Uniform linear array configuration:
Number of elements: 4
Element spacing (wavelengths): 0.5
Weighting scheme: uniform
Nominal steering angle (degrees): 45
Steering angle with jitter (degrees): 44.753
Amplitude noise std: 0.05
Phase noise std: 0.05

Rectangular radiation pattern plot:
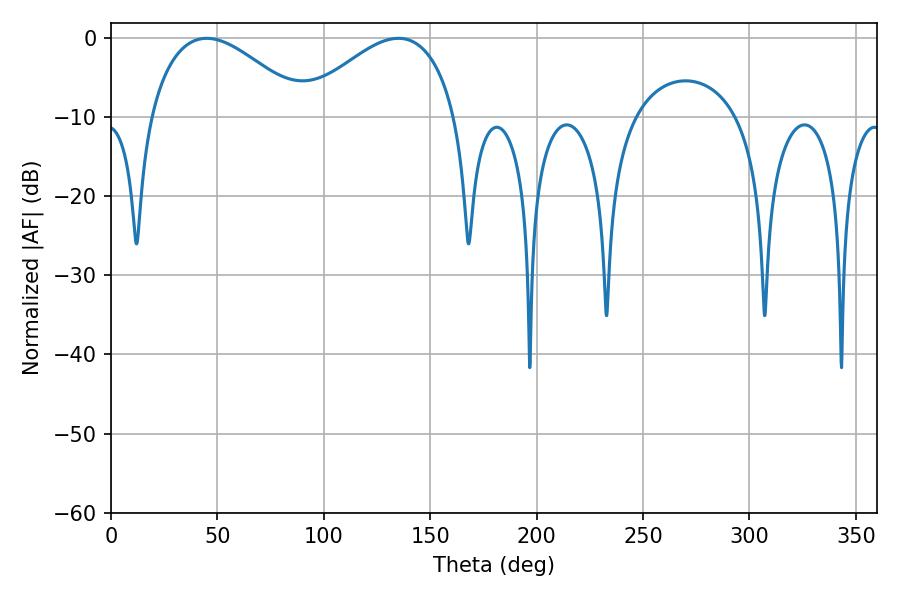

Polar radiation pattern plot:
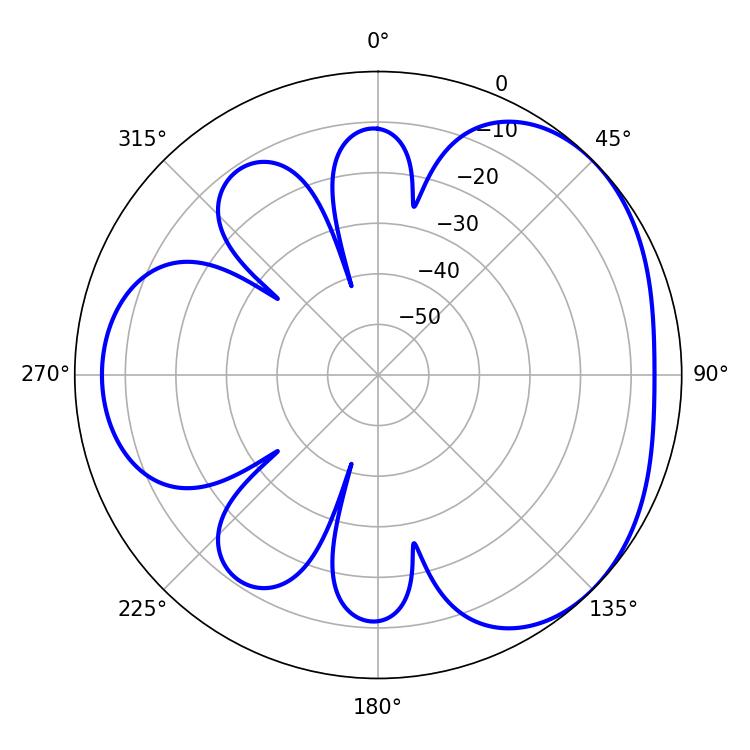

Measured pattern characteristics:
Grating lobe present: FALSE
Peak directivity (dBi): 3.448
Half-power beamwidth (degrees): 40.14
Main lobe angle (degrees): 45